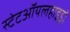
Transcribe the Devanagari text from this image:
स्टेटऑयलहाइड्रो